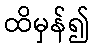
ထိမှန်၍